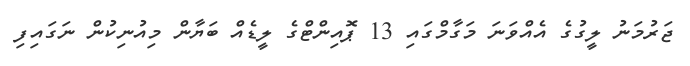
ޖަރުމަނު ލީގުގެ އެއްވަނަ މަގާމްގައި 13 ޕޮއިންޓްގެ ލީޑެއް ބަޔާން މިއުނިކުން ނަގައިފި